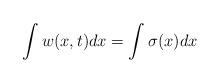
LaTeX: \begin{align*}\int w(x,t)dx=\int \sigma(x)dx\end{align*}